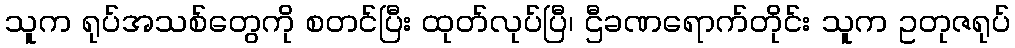
သူက ရုပ်အသစ်တွေကို စတင်ပြီး ထုတ်လုပ်ပြီ၊ ဌီခဏရောက်တိုင်း သူက ဥတုဇရုပ်